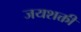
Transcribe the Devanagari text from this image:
जयशक्ती